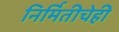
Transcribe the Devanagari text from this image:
निर्मितीचेही